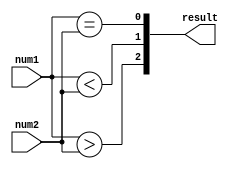
module unsigned_comparator (
    input [7:0] num1,
    input [7:0] num2,
    output [2:0] result
);

wire [7:0] diff;
wire eq, lt, gt;

assign diff = num1 - num2;
assign eq = (num1 == num2);
assign lt = (num1 < num2);
assign gt = (num1 > num2);

assign result[0] = eq;
assign result[1] = lt;
assign result[2] = gt;

endmodule